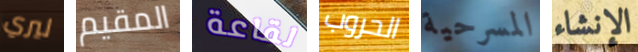
ليري المقيم لقاعة الحروب المسرحية الإنشاء